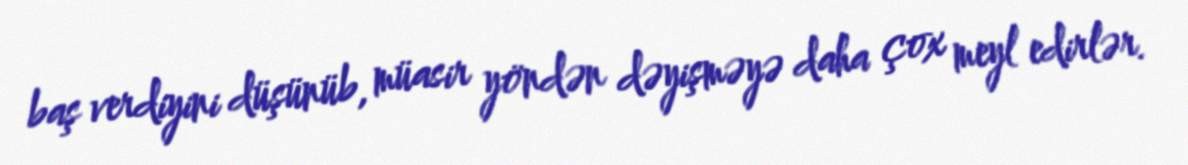
baş verdiyini düşünüb, müasir yöndən dəyişməyə daha çox meyl edirlər.